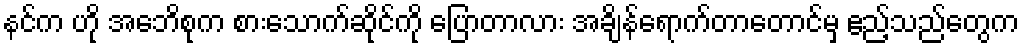
နင်က ဟို အေဘိစုက စားသောက်ဆိုင်ကို ပြောတာလား အချိန်ရောက်တာတောင်မှ ဧည့်သည်တွေက